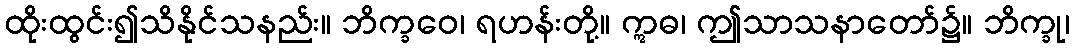
ထိုးထွင်း၍သိနိုင်သနည်း။ ဘိက္ခဝေ၊ ရဟန်းတို့။ ဣဓ၊ ဤသာသနာတော်၌။ ဘိက္ခု၊